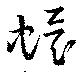
蠉